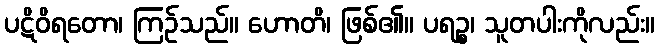
ပဋိဝိရတော၊ ကြဉ်သည်။ ဟောတိ၊ ဖြစ်၏။ ပရဉ္စ၊ သူတပါးကိုလည်း။